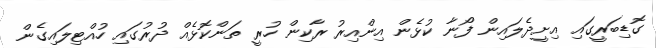
ގޮޑިބަރީގައި އިށީދެލައިން ފޯނާ ކުޅެން އިންއިރު ރާކިން ހުރީ ތަންކޮޅެއް ދުރުގައި ހުއްޓިލައިގެން